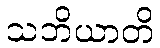
သဘိယာတိ